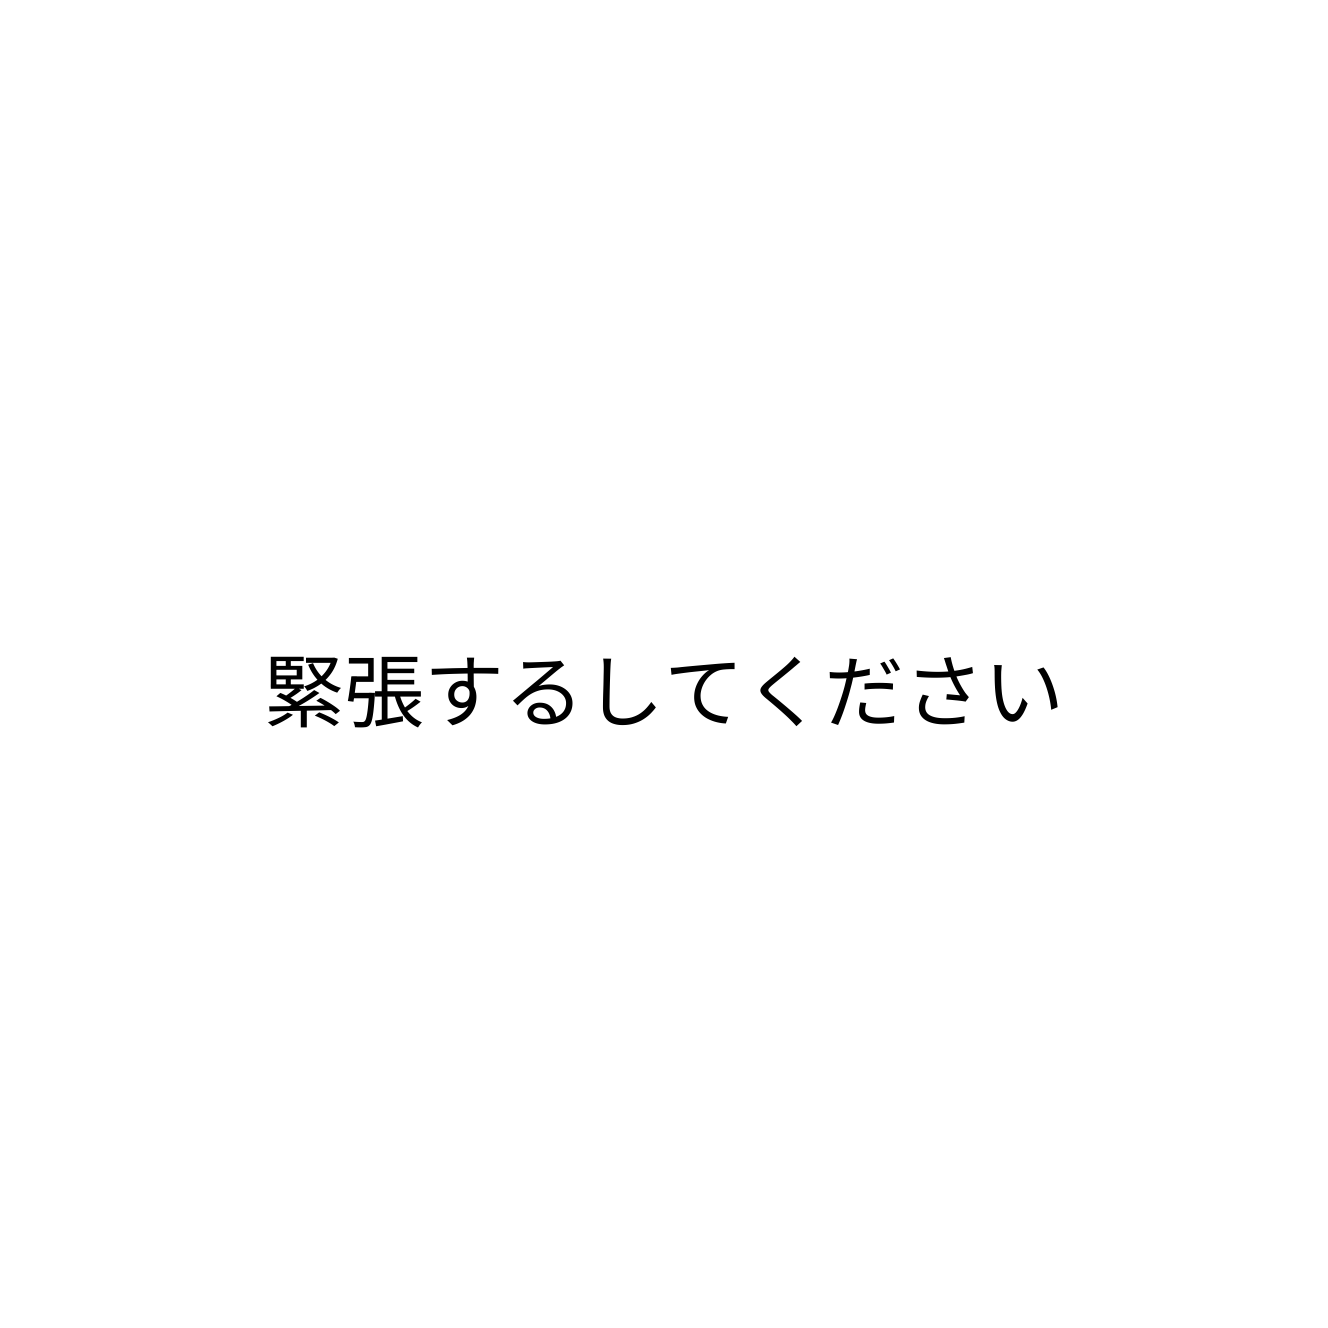
緊張するしてください